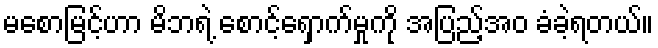
မစောမြင့်ဟာ မိဘရဲ့ စောင့်ရှောက်မှုကို အပြည့်အဝ ခံခဲ့ရတယ်။